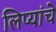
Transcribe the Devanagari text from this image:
लिप्यांचे